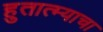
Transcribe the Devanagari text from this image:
हुतात्म्याचा